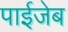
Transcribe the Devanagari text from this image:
पाईजेब